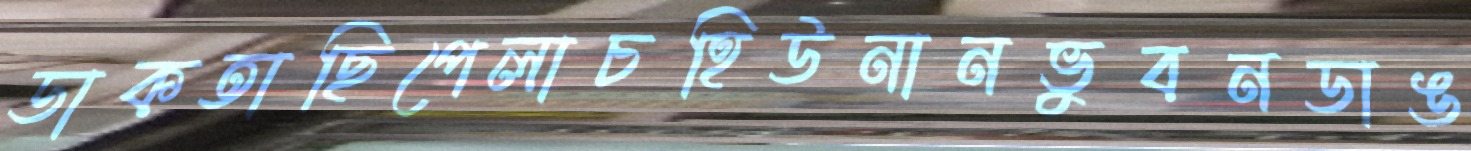
ডাকতাছিপেলাচহিউনানভুবনডাঙ